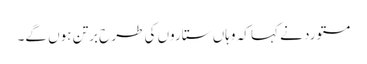
مستورد نے کہا کہ وہاں ستاروں کی طرح برتن ہوں گے۔